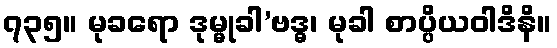
၇၃၅။ မုခရော ဒုမ္မုခါ’ဗဒ္ဓ၊ မုခါ စာပ္ပိယဝါဒိနိ။